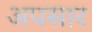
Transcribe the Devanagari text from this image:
अपसार